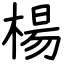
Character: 楊